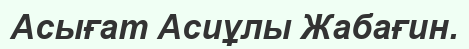
Асығат Асиұлы Жабағин.